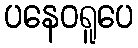
ပနေဝရူပေ